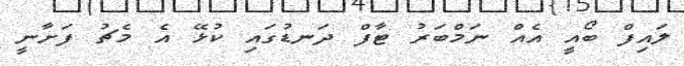
ލައިފް ބޯއީ އެއް ނަމްބަރު ޓާފް ދަނޑުގައި ކުޅޭ އެ މެޗު ފަށާނީ